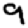
Digit: 9